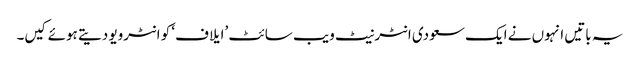
یہ باتیں انہوں نے ایک سعودی انٹرنیٹ ویب سائٹ ’ایلاف‘ کو انٹرویو دیتے ہوئے کیں۔